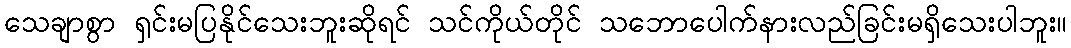
သေချာစွာ ရှင်းမပြနိုင်သေးဘူးဆိုရင် သင်ကိုယ်တိုင် သဘောပေါက်နားလည်ခြင်းမရှိသေးပါဘူး။